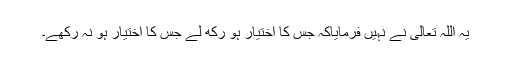
یہ اللہ تعالیٰ نے نہیں فرمایاکہ جس کا اختیار ہو رکھ لے جس کا اختیار ہو نہ رکھے۔